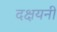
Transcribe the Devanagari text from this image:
दक्षयनी